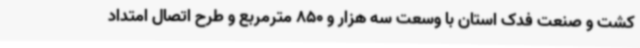
کشت و صنعت فدک استان با وسعت سه هزار و 850 مترمربع و طرح اتصال امتداد